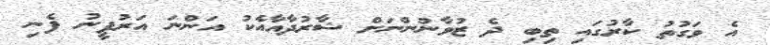
އެ ވަގުތު ކާރުގައި ތިބި ދެ ޒުވާނުންނަށް ޝާރުދާއާއެކު އަންނަ އަރުފީނު ފެނި